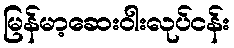
မြန်မာ့ဆေးဝါးလုပ်ငန်း